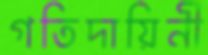
গতিদায়িনী